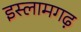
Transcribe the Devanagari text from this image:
इस्लामगढ़